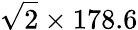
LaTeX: \sqrt{2}\times 178.6